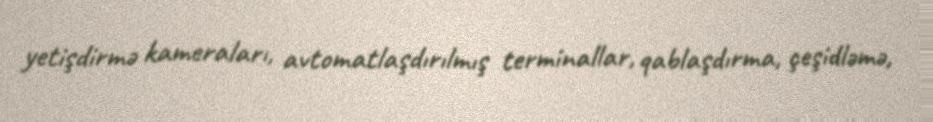
yetişdirmə kameraları, avtomatlaşdırılmış terminallar, qablaşdırma, çeşidləmə,